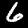
Label: 6